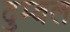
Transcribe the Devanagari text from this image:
दुम्बल